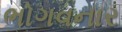
ભોગવનાર